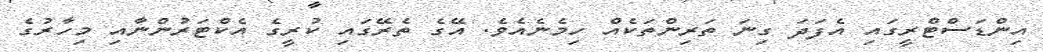
އިންޑަސްޓްރީގައި އެފަދަ ގިނަ ތަރިންތަކެއް ހިމެނެއެވެ. އޭގެ ތެރޭގައި ކުރީގެ އެކްޓަރުންނާއި މިހާރުގެ